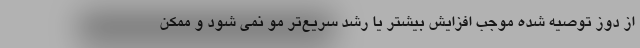
از دوز توصیه شده موجب افزایش بیشتر یا رشد سریع‌تر مو نمی شود و ممکن